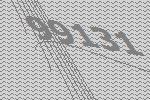
99131